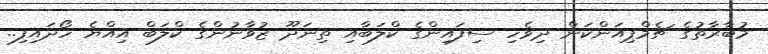
މުބާރާތުގެ ޗެމްޕިއަންކަން ދިވެހި ސިފައިންގެ ކްލަބާއި ތިނަދޫ ޒުވާނުންގެ ކްލަބް އިއްޔެ ހޯދައިފި..